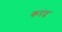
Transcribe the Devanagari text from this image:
करंद